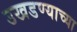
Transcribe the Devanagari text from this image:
उखडण्याच्या